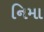
નિમા